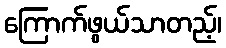
ကြောက်ဖွယ်သာတည့်၊